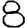
Digit: 8